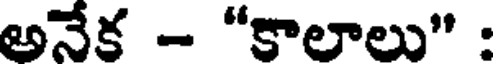
అనేక - "కాలాలు" :